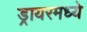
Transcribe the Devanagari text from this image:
ड्रायरमध्ये